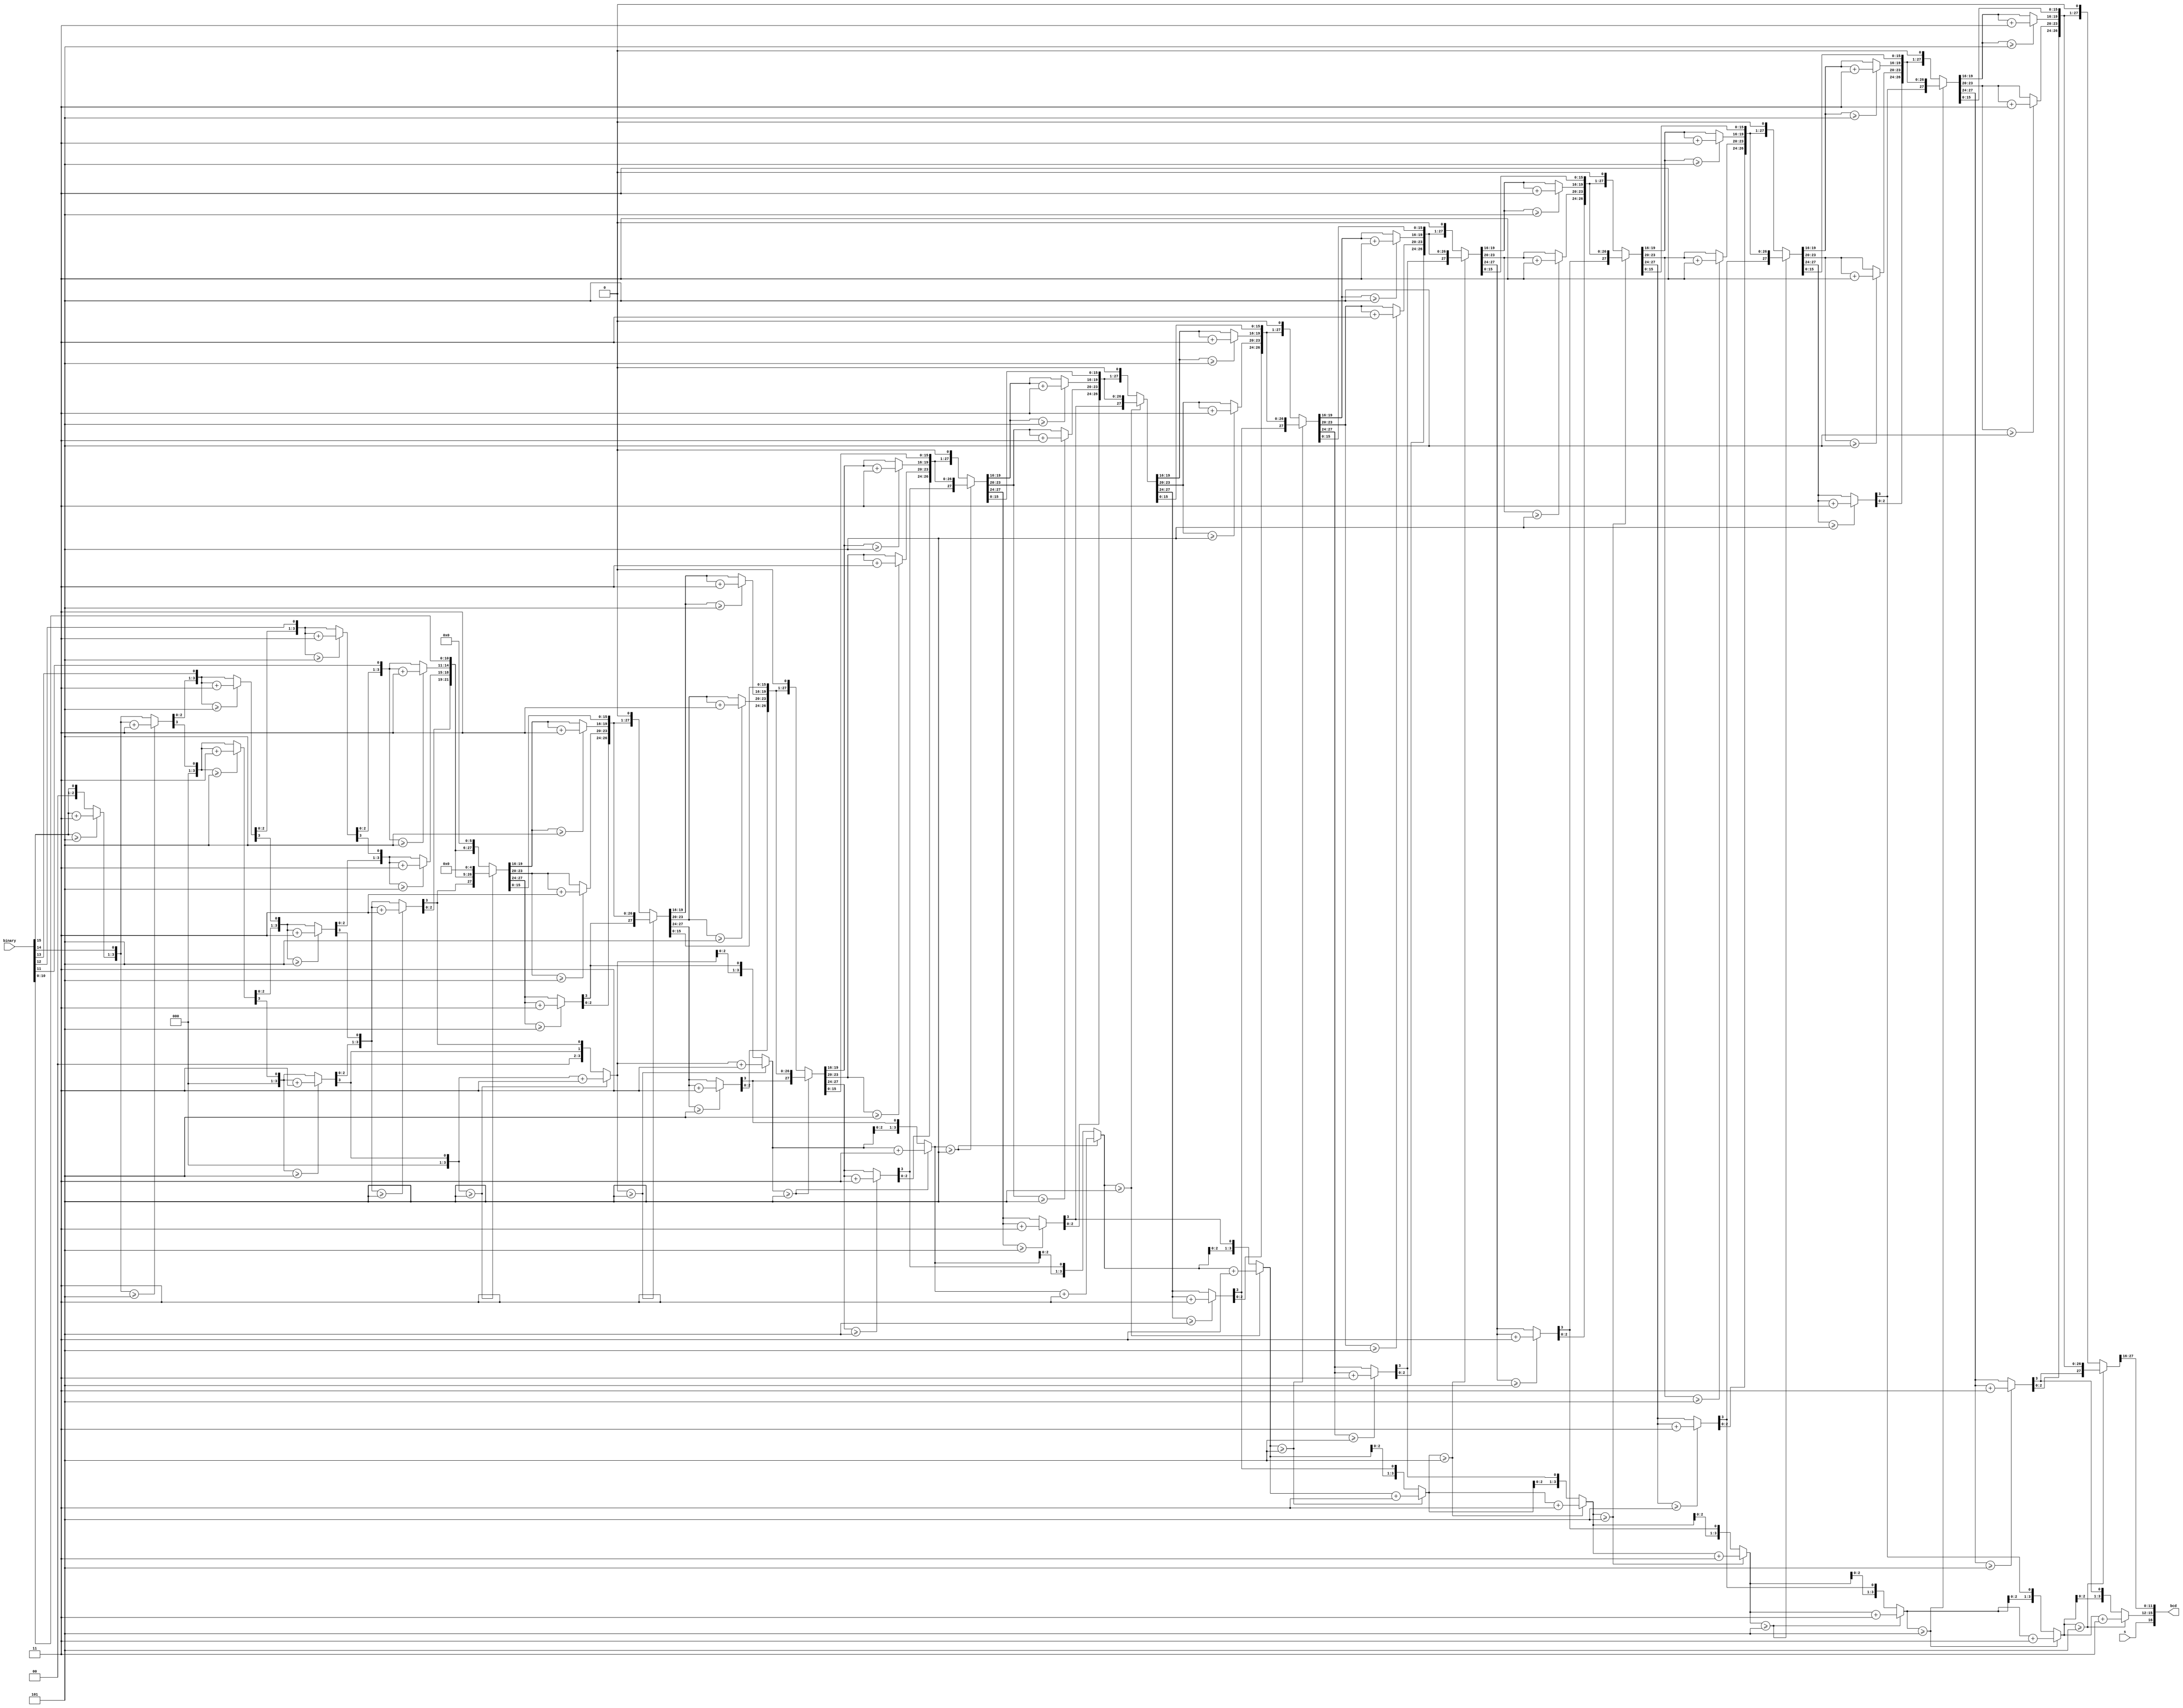
`timescale 1ns / 1ps

module binary_to_bcd(s,binary,bcd);
    input s;
    input [15:0]binary;
    output reg [16:0]bcd;
    reg [31:0]tab;
    integer x;
    
    always@(binary,s)
    begin
        tab[31:16] = 16'b0; 
        tab[15:0] = binary;     //loading the binary number into the shifting table
        
        //start the loop of 16 shifts
        for (x=0; x<16; x = x+1)
        begin
            if (tab[19:16] >= 5)    //bcd ones digit ensure only 0-9
                tab[19:16] = tab[19:16] + 3;
            if (tab[23:20] >= 5)    //bcd tens digit ensure only 0-9
                tab[23:20] = tab[23:20] + 3;
            if (tab[27:24] >= 5)    //bcd hundreds digit ensure only 0-9
                tab[27:24] = tab[27:24] + 3;
            if (tab[31:28] >= 5)    //bcd thousands digit ensure only 0-9
                tab[31:28] = tab[31:28] + 3;
            else tab = tab << 1;     //shift left one
        end
        
        bcd = {s,tab[31:16]};    //assign the bcd number
    end 
   
endmodule